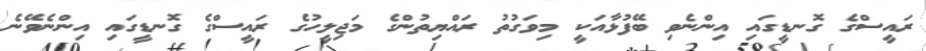
ރައީސްގެ ގޮނޑީގައި އިންނެވި ބޭފުޅާއަކީ މިވަގުތު ރައްޔިތުންގެ މަޖިލީހުގެ ރައީސްގެ ގޮނޑީގައި އިންނެވޭނެ